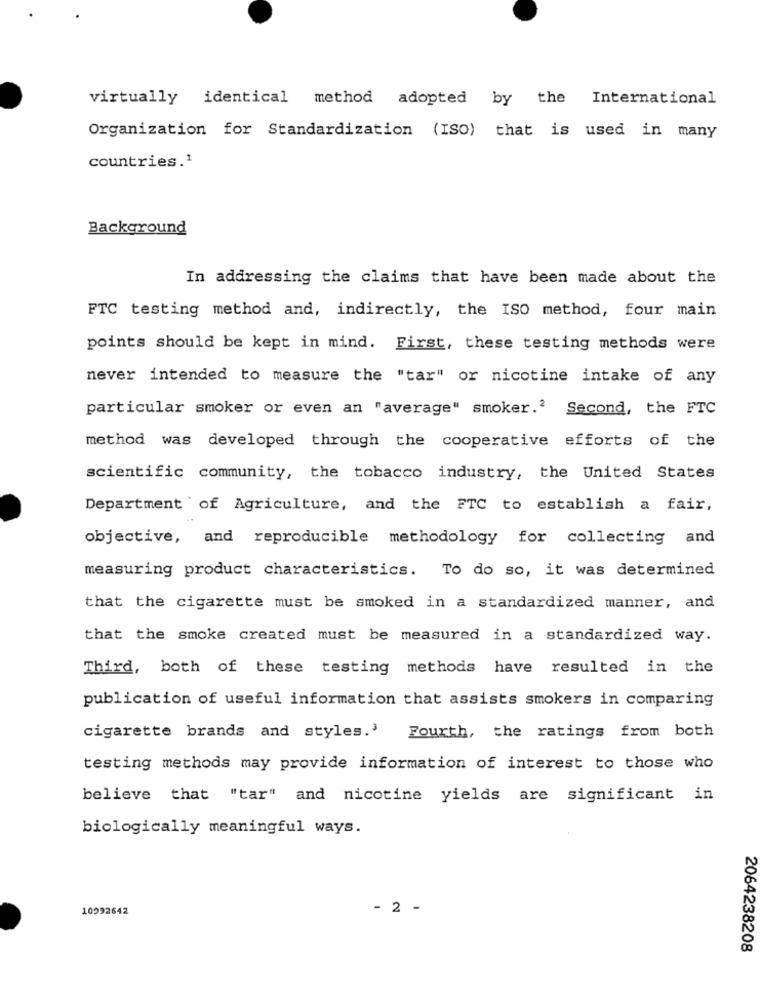
virtually identical method adopted by the
International
Organization for Standardization (ISO) that is used in many
countries.1
Background
In addressing the claims that have been made about the
FTC testing method and, indirectly, the ISO method, four main
points should be kept in mind. First, these testing methods were
never intended to measure the "tar" or nicotine intake of any
particular smoker or even an "average" smoker.' Second, the FTC
method was developed through the cooperative efforts of the
scientific community, the tobacco industry, the United States
Department of Agriculture, and the FTC to establish a fair,
objective, and reproducible methodology for collecting and
measuring product characteristics. To do so, it was determined
that the cigarette must be smoked in a standardized manner, and
that the smoke created must be measured in a standardized way.
Third, both of these testing methods have resulted in the
publication of useful information that assists smokers in comparing
cigarette brands and styles.'
Fourth, the ratings from both
testing methods may provide information of interest to those who
believe that "tar" and nicotine yields are significant in
biologically meaningful ways.
10292642
- 2 -
2064238208